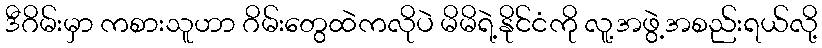
ဒီဂိမ်းမှာ ကစားသူဟာ ဂိမ်းတွေထဲကလိုပဲ မိမိရဲ့နိုင်ငံကို လူ့အဖွဲ့အစည်းရယ်လို့